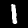
Label: 1